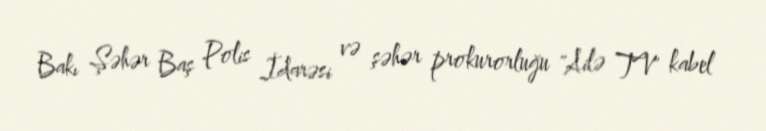
Bakı Şəhər Baş Polis İdarəsi və şəhər prokurorluğu "Ailə TV" kabel